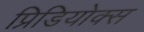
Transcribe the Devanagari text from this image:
प्रिडियोक्स